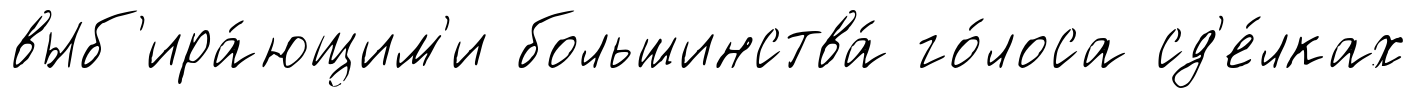
выб'ира́ющим'и большинства́ го́лоса сд'е́лках